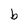
Character: b